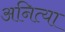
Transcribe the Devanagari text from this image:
अनित्या